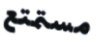
مستمتع